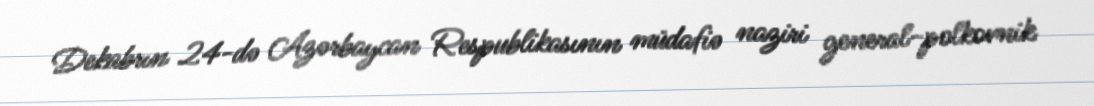
Dekabrın 24-də Azərbaycan Respublikasının müdafiə naziri general-polkovnik